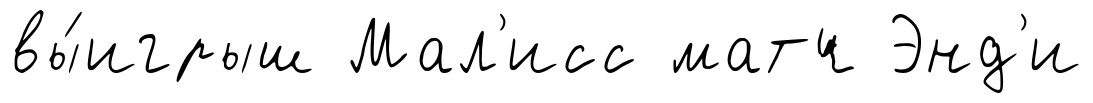
вы́игрыш Мал'исс матч Энд'и